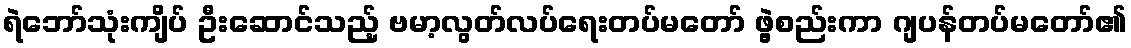
ရဲဘော်သုံးကျိပ် ဦးဆောင်သည့် ဗမာ့လွတ်လပ်ရေးတပ်မတော် ဖွဲ့စည်းကာ ဂျပန်တပ်မတော်၏